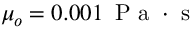
\mu _ { o } = 0 . 0 0 1 \, \mathrm { ~ P ~ a ~ } \cdot \mathrm { ~ s ~ }